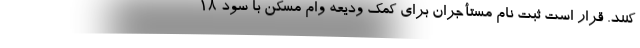
کنند. قرار است ثبت نام مستأجران برای کمک ودیعه وام مسکن با سود ۱۸